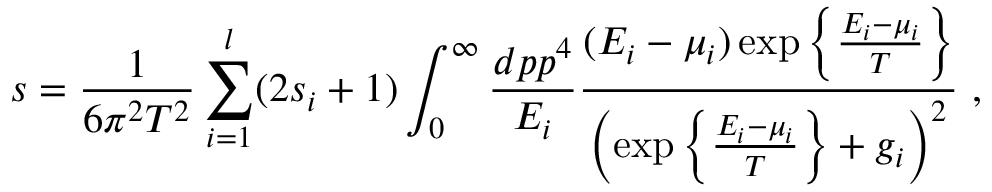
s = { \frac { 1 } { 6 \pi ^ { 2 } T ^ { 2 } } } \sum _ { i = 1 } ^ { l } ( 2 s _ { i } + 1 ) \int _ { 0 } ^ { \infty } { \frac { d p p ^ { 4 } } { E _ { i } } } { \frac { ( E _ { i } - \mu _ { i } ) \exp \left\{ { \frac { E _ { i } - \mu _ { i } } { T } } \right\} } { \left( \exp \left\{ { \frac { E _ { i } - \mu _ { i } } { T } } \right\} + g _ { i } \right) ^ { 2 } } } \ ,